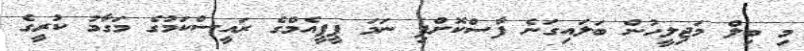
މި ބިލް މަޖިލީހުން ބަލައިގަނެ ފާސްކޮށްފި ނަމަ ޕީޕީއެމްގެ ރައީސްކަމުގެ މަގާމު ކުރީގެ